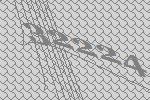
32224